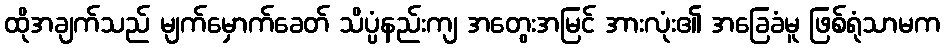
ထိုအချက်သည် မျက်မှောက်ခေတ် သိပ္ပံနည်းကျ အတွေးအမြင် အားလုံး၏ အခြေခံမူ ဖြစ်ရုံသာမက